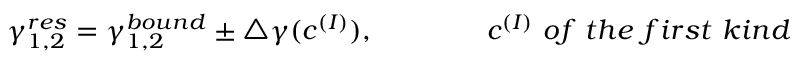
\gamma _ { 1 , 2 } ^ { r e s } = \gamma _ { 1 , 2 } ^ { b o u n d } \pm \triangle \gamma ( c ^ { ( I ) } ) , \qquad \qquad c ^ { ( I ) } { ~ o f ~ t h e ~ f i r s t ~ k i n d }